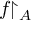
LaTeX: f { \upharpoonright _ { A } }